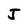
Character: J